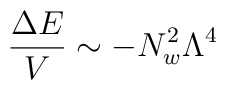
\frac{\Delta E}{V}\sim -N_{w}^{2}\Lambda ^{4}